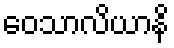
ဝေသာလိယာနိ